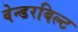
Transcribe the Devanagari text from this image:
वेन्डरबिल्ट